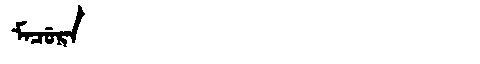
Manchu: ᠮᠠᠴᡠᡵᠠ
Romanization: MACURA